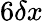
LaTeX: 6\delta x